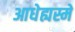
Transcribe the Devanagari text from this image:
आधेह्यस्मे